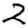
Digit: 2